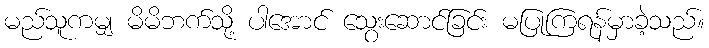
မည်သူကမျှ မိမိဘက်သို့ ပါအောင် သွေးဆောင်ခြင်း မပြုကြရန်မှာခဲ့သည်။